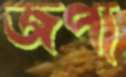
জপ্য